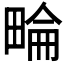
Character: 𤲕